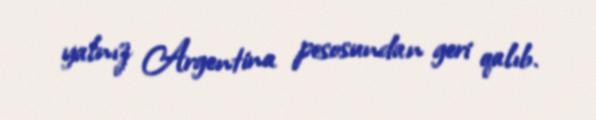
yalnız Argentina pesosundan geri qalıb.